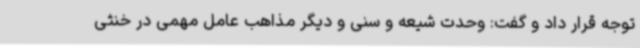
توجه قرار داد و گفت: وحدت شیعه و سنی و دیگر مذاهب عامل مهمی در خنثی